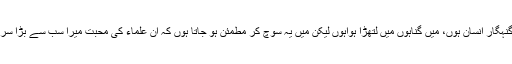
میں ایک گنہگار انسان ہوں، میں گناہوں میں لتھڑا ہواہوں لیکن میں یہ سوچ کر مطمئن ہو جاتا ہوں کہ ان علماء کی محبت میرا سب سے بڑا سرمایہ ہے ۔